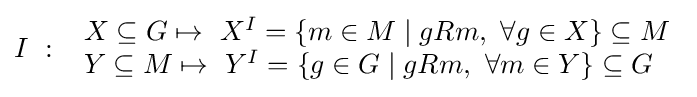
I\ :\ {\begin{array}{l}X\subseteq G\mapsto \ X^{I}=\lbrace m\in M\mid gRm,\ \forall g\in X\rbrace \subseteq M\\Y\subseteq M\mapsto \ Y^{I}=\lbrace g\in G\mid gRm,\ \forall m\in Y\rbrace \subseteq G\end{array}}